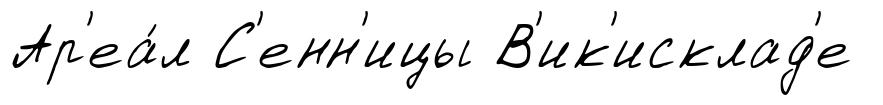
Ар'еа́л С'енн'ицы В'ик'исклад'е